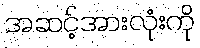
အဆင့်အားလုံးကို